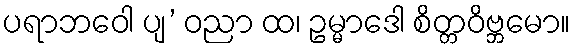
ပရာဘဝေါ ပျ’ ဝညာ ထ၊ ဥမ္မာဒေါ စိတ္တဝိဗ္ဘမော။